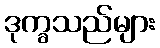
ဒုက္ခသည်များ